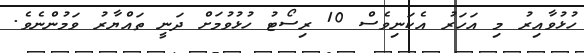
ހުޅުވާއިރު މި އަހަރު އެކަނިވެސް 10 ރިސޯޓު ހުޅުވުމަށް ދަނީ ތައްޔާރު ވަމުންނެވެ.